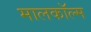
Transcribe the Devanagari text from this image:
मालकॉल्म